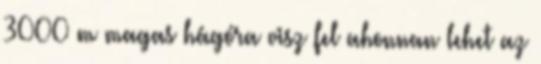
3000 m magas hágóra visz fel ahonnan lehet az